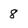
Character: 8